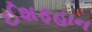
ઈશફહાન